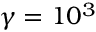
\gamma = 1 0 ^ { 3 }